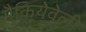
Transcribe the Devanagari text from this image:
मैकियेवेली